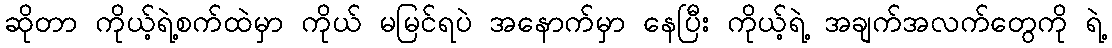
ဆိုတာ ကိုယ့်ရဲ့စက်ထဲမှာ ကိုယ် မမြင်ရပဲ အနောက်မှာ နေပြီး ကိုယ့်ရဲ့ အချက်အလက်တွေကို ရဲ့